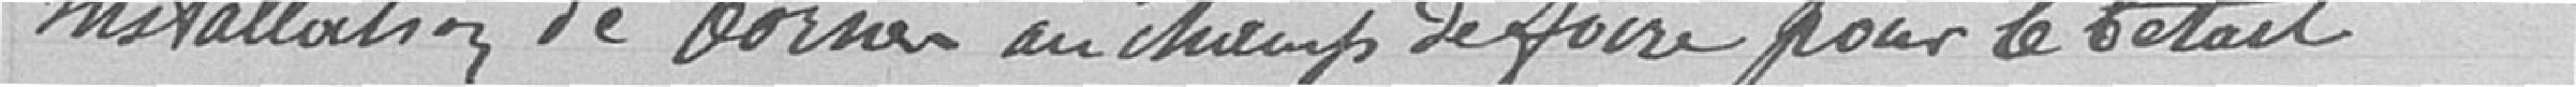
Installation de bornes au champs de foire pour le bétail